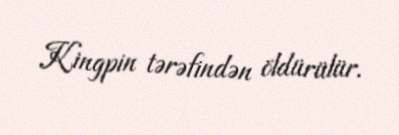
Kingpin tərəfindən öldürülür.